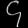
Digit: ၄